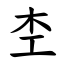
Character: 杢